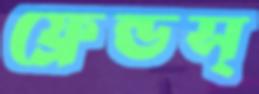
ফ্রেন্ডস্